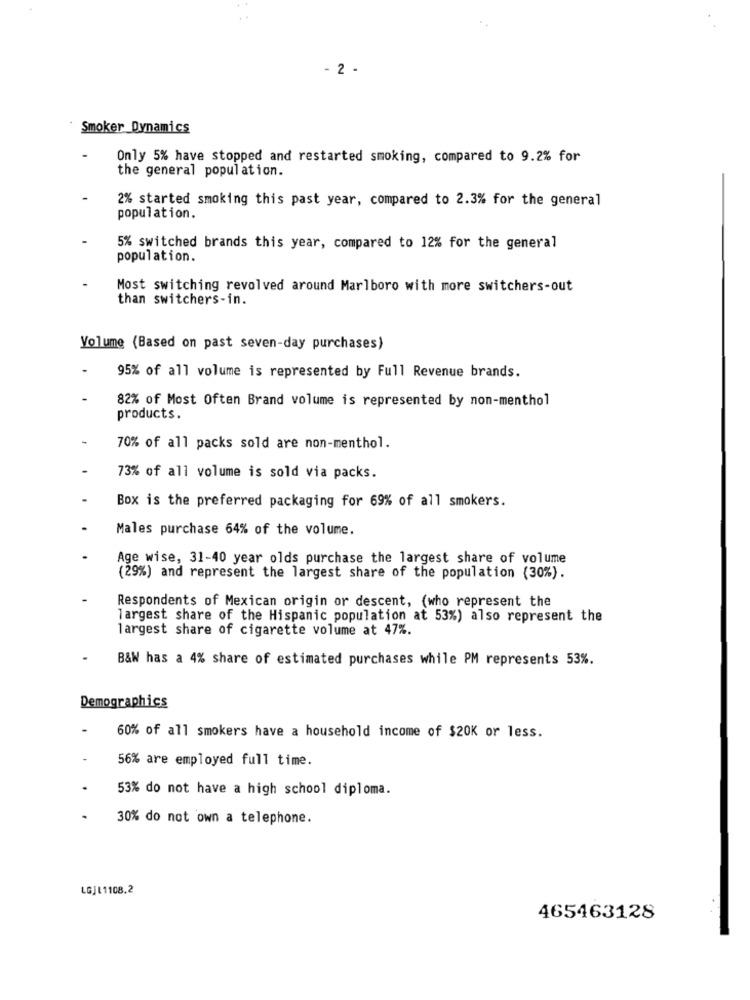
- 2 -
Smoker Dynamics
Only 5% have stopped and restarted smoking, compared to 9.2% for
the general population.
2% started smoking this past year, compared to 2.3% for the general
population.
5% switched brands this year, compared to 12% for the general
population.
Most switching revolved around Marlboro with more switchers-out
than switchers-in.
Volume (Based on past seven-day purchases)
95% of all volume is represented by Full Revenue brands.
82% of Most Often Brand volume is represented by non-menthol
products.
70% of all packs sold are non-menthol.
73% of all volume is sold via packs.
Box is the preferred packaging for 69% of all smokers.
Males purchase 64% of the volume.
Age wise, 31-40 year olds purchase the largest share of volume
(29%) and represent the largest share of the population (30%).
Respondents of Mexican origin or descent, (who represent the
largest share of the Hispanic population at 53%) also represent the
largest share of cigarette volume at 47%.
B&W has a 4% share of estimated purchases while PM represents 53%.
Demographics
60% of all smokers have a household income of $20K or less.
56% are employed full time.
53% do not have a high school diploma.
30% do not own a telephone.
LGJL1108.2
465463128